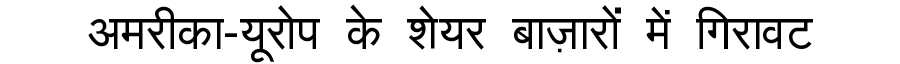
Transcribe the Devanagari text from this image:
अमरीका-यूरोप के शेयर बाज़ारों में गिरावट